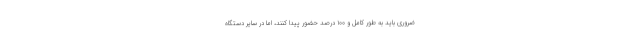
ضروری باید به طور کامل و ۱۰۰ درصد حضور پیدا کنند، اما در سایر دستگاه